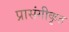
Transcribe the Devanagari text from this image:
प्रासंगीकृत